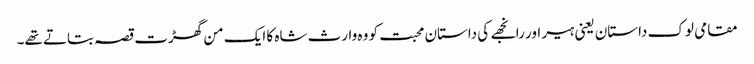
مقامی لوک داستان یعنی ہیر اور رانجھے کی داستان محبت کو وہ وارث شاہ کا ایک من گھڑت قصہ بتاتے تھے۔